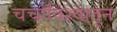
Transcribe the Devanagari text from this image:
चर्चाविश्वातून